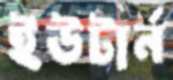
ইউটার্ন